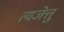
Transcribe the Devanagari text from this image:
त्यजेत्तु